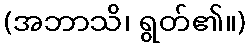
(အဘာသိ၊ ရွတ်၏။)